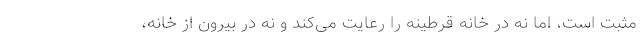
مثبت است، اما نه در خانه قرطینه را رعایت می‌کند و نه در بیرون از خانه،